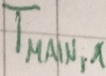
Text: TMAIN,1